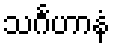
သင်္ဂဟာနံ